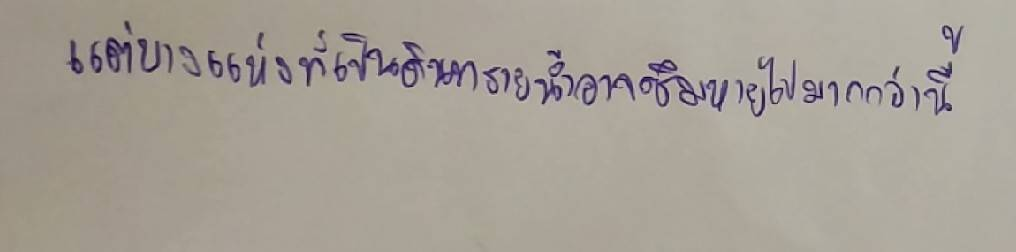
แต่บางแห่งที่เป็นดินทรายน้ำอาจซึมหายไปมากกว่านี้